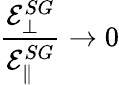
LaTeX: \frac{\mathcal{E}_{\bot}^{SG}}{\mathcal{E}_{\| }^{SG}}\rightarrow 0